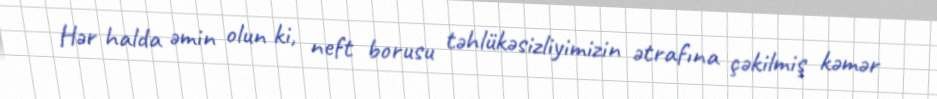
Hər halda əmin olun ki, neft borusu təhlükəsizliyimizin ətrafına çəkilmiş kəmər